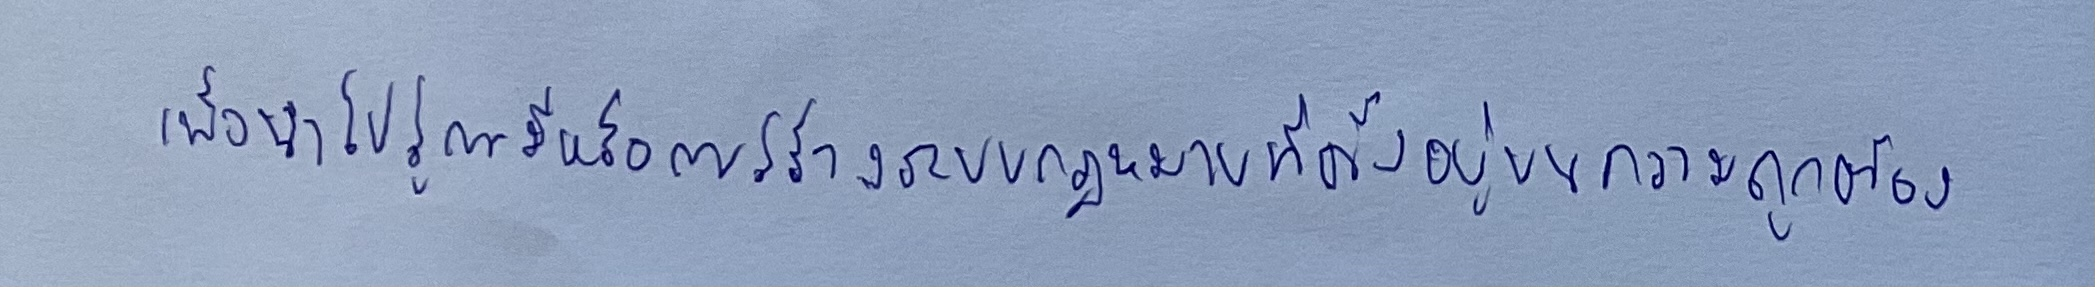
เพื่อนำไปสู่การมีหรือการสร้างระบบกฎหมายที่ตั้งอยู่บนความถูกต้อง